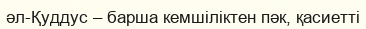
әл-Қуддус – барша кемшіліктен пәк, қасиетті